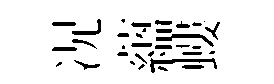
况藴螻